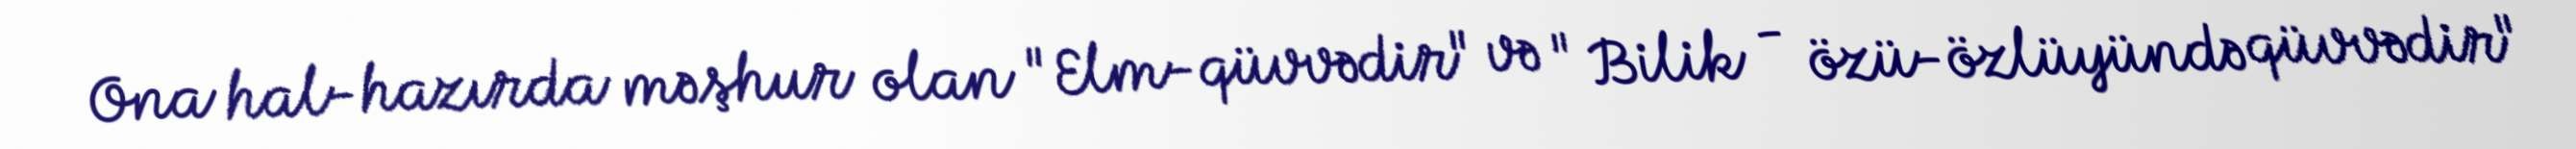
Ona hal-hazırda məşhur olan "Elm-qüvvədir" və " Bilik - özü-özlüyündə qüvvədir"